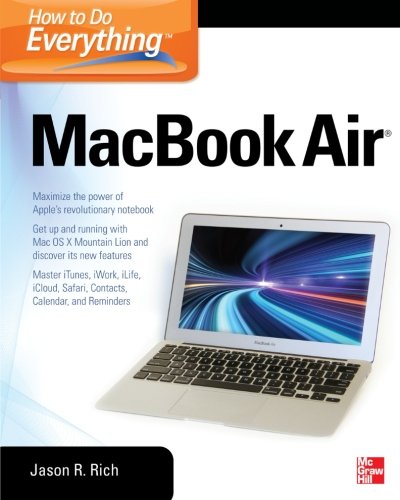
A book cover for How to Do Everything MacBook Air; Jason Rich; Computers & Technology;